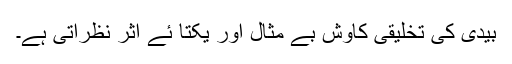
بیدی کی تخلیقی کاوش بے مثال اور یکتا ئے اثر نظرآتی ہے۔